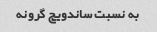
به نسبت ساندویچ گرونه